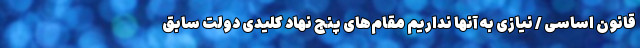
قانون اساسی / نیازی به آنها نداریم مقام‌های پنج نهاد کلیدی دولت سابق